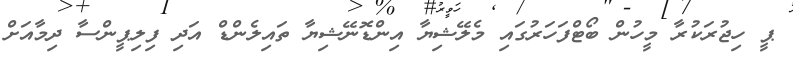
ޕީ ހިޖުރަކުރާ މީހުން ބޯޓްފަހަރުގައި މެލޭޝިޔާ އިންޑޮނޭޝިޔާ ތައިލެންޑް އަދި ފިލިޕީންސާ ދިމާއަށް